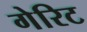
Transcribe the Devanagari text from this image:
गेरिट